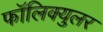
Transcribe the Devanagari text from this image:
फॉलिक्युलर